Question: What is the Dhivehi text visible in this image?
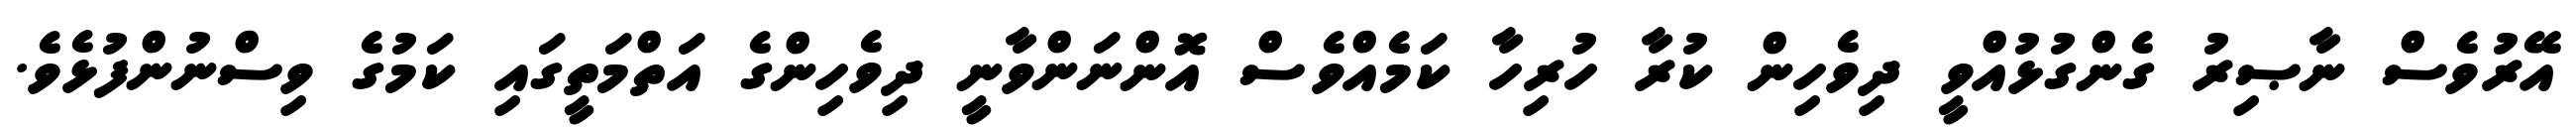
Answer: އޭރުވެސް ނާޞިރު ގެންގުޅުއްވީ ދިވެހިން ކުރާ ހުރިހާ ކަމެއްވެސް އޮންނަންވާނީ ދިވެހިންގެ އަތްމަތީގައި ކަމުގެ ވިސްނުންފުޅެވެ.